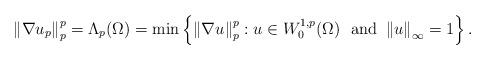
LaTeX: \begin{align*}\left\Vert \nabla u_{p}\right\Vert _{p}^{p}=\Lambda_{p}(\Omega)=\min\left\{\left\Vert \nabla u\right\Vert _{p}^{p}:u\in W_{0}^{1,p}(\Omega)\text{ \ and\ }\left\Vert u\right\Vert _{\infty}=1\right\} . \end{align*}